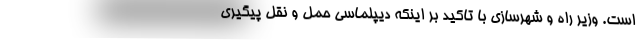
است. وزیر راه و شهرسازی با تاکید بر اینکه دیپلماسی حمل و نقل پیگیری